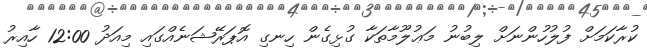
ކުރާކަމަށް ފުލުހުންނަށް ލިބުނު މަޢުލޫމާތަކާ ގުޅިގެން ހިނގި އޮޕަރޭޝަނެއްގައި މިއަދު 12:00 ހާއިރު